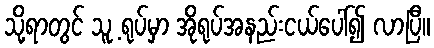
သို့ရာတွင် သူ့ ရုပ်မှာ အိုရုပ်အနည်းငယ်ပေါ်၍ လာပြီ။